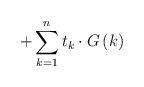
LaTeX: \begin{align*}+\sum\limits_{k=1}^nt_k\cdot G\left( k\right)\end{align*}